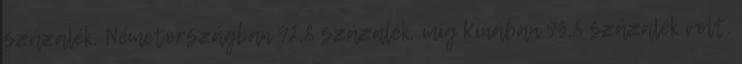
százalék, Németországban 92,8 százalék, míg Kínában 93,8 százalék volt.